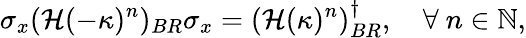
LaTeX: \sigma_{x}(\mathcal{H}(-\kappa)^{n})_{BR}\sigma_{x}=(\mathcal{H}(\kappa)^{n})_{BR}^{\dagger},\quad\forall\ n\in\mathbb{N},